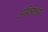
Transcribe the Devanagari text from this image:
अमित्राक्षर